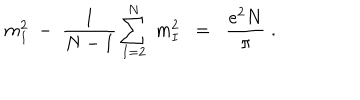
m _ { 1 } ^ { 2 } \; - \; \frac { 1 } { N - 1 } \sum _ { I = 2 } ^ { N } \; m _ { I } ^ { 2 } \; \; = \; \; \frac { e ^ { 2 } N } { \pi } \; .